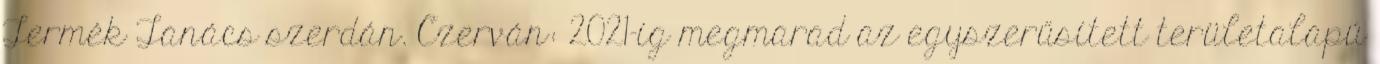
Termék Tanács szerdán. Czerván: 2021-ig megmarad az egyszerűsített területalapú